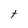
Character: t